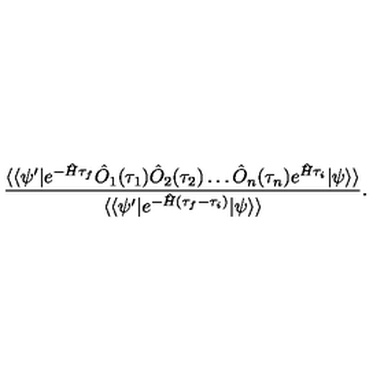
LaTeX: \frac { \langle \langle \psi ^ { \prime } | e ^ { - \hat { H } \tau _ { f } } \hat { O } _ { 1 } ( \tau _ { 1 } ) \hat { O } _ { 2 } ( \tau _ { 2 } ) \ldots \hat { O } _ { n } ( \tau _ { n } ) e ^ { \hat { H } \tau _ { i } } | \psi \rangle \rangle } { \langle \langle \psi ^ { \prime } | e ^ { - \hat { H } ( \tau _ { f } - \tau _ { i } ) } | \psi \rangle \rangle } .